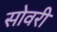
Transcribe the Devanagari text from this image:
सोवरी